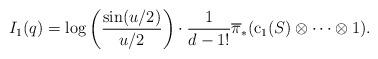
LaTeX: \begin{align*} I_1(q)=\log\left(\frac{\mathrm{sin}(u/2)}{u/2}\right)\cdot \frac{1}{d-1!}\overline{\pi}_* (\mathrm{c}_1(S) \otimes \dots \otimes 1).\end{align*}